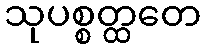
သုပစ္စတ္ထတေ